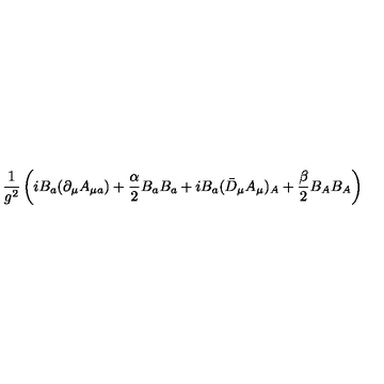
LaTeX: \frac { 1 } { g ^ { 2 } } \left( i B _ { a } ( \partial _ { \mu } A _ { \mu a } ) + \frac { \alpha } { 2 } B _ { a } B _ { a } + i B _ { a } ( \bar { D } _ { \mu } A _ { \mu } ) _ { A } + \frac { \beta } { 2 } B _ { A } B _ { A } \right)